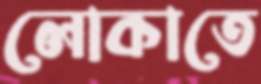
লোকাতে